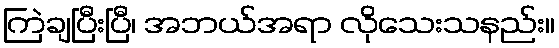
ကြဲချပြီးပြီ၊ အဘယ်အရာ လိုသေးသနည်း။